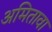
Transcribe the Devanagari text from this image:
अमितावा